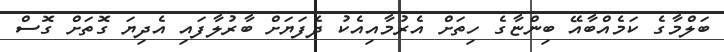
ބަލްމާގެ ކަމެއްބާއޭ ބިންޏާގެ ހިތަށް އެރުމާއިއެކު ދެފަޔަށް ބާރުލާފައި އެދިޔަ ގޮތަށް ގޮސް